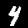
Label: 4